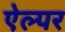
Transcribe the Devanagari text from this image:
ऐल्पर